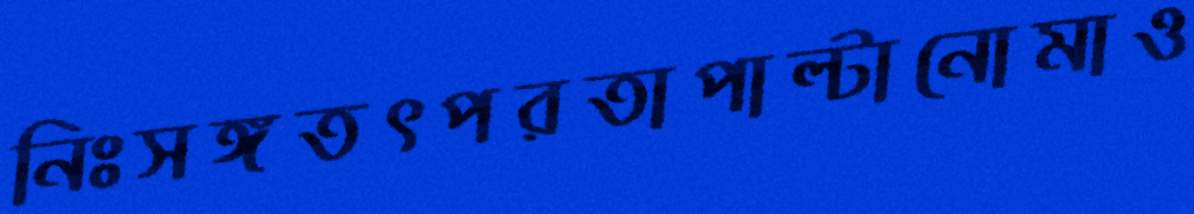
নিঃসঙ্গতৎপরতাপাল্টানোমাও